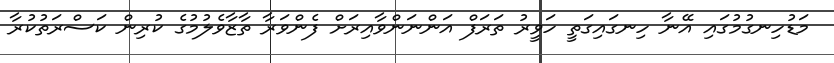
މަޑުހިނގުމުގައި އޭނާ ހިނގައިގަތީ ހަވީރު ތަރަފް އަންނަންވާއިރަށް ފެންވަރާ ތާޒާވެލުމުގެ ކުރިން ކަސްރަތުކުރާ